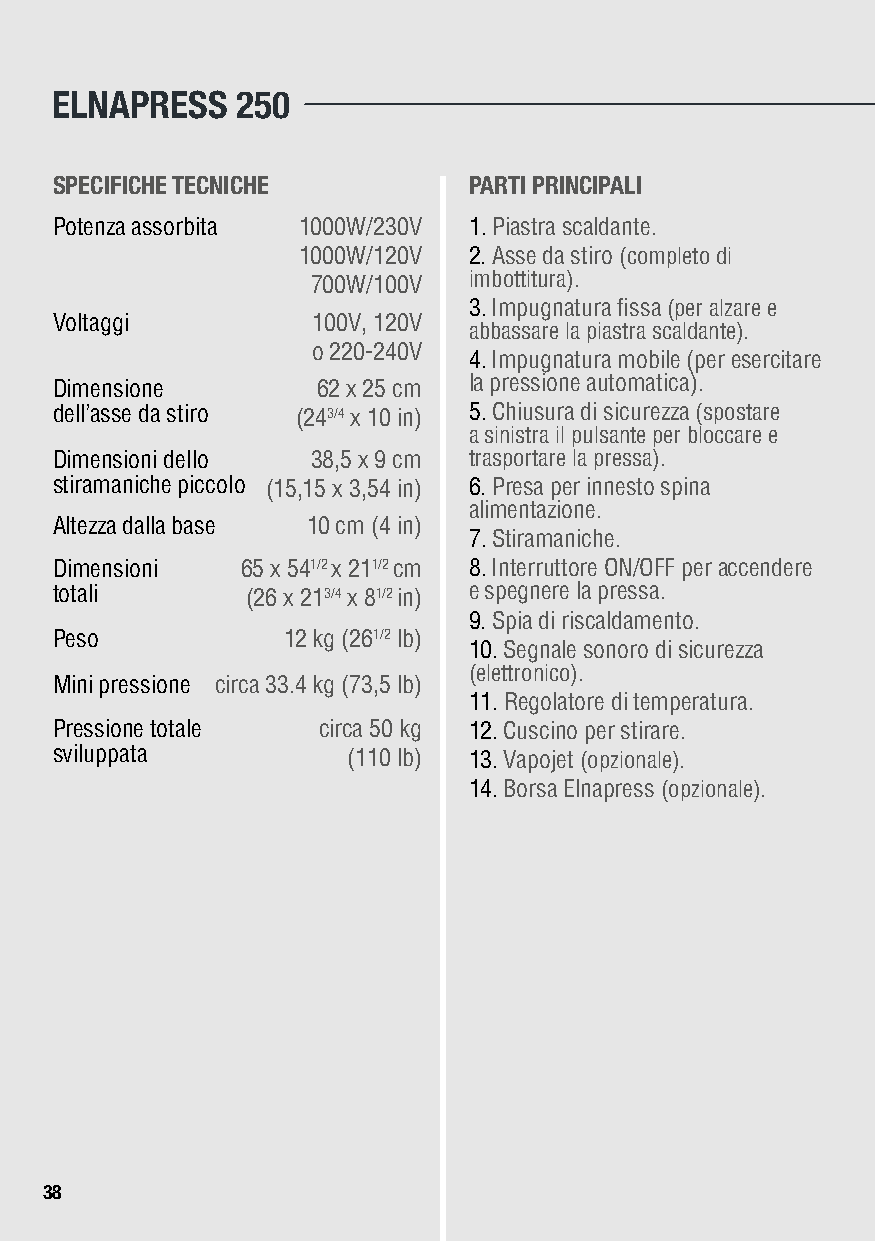
ELNAPRESS    250
 SPECIFICHE TECNICHE         PARTI PRINCIPALI
 Potenza assorbita 1000W/230V 1. Piastra scaldante.
 1000W/120V 2. Asse da stiro (completo di
 700W/100V imbottitura).
 3. Impugnatura fissa (per alzare e
 Voltaggi          100V, 120V
 abbassare la piastra scaldante).
 o 220-240V
 4. Impugnatura mobile (per esercitare
 Dimensione        62 x 25 cm la pressione automatica).
 dell’asse da stiro (243/4 x 10 in) 5. Chiusura di sicurezza (spostare
 a sinistra il pulsante per bloccare e
 Dimensioni dello  38,5 x 9 cm trasportare la pressa).
 stiramaniche piccolo (15,15 x 3,54 in) 6. Presa per innesto spina
 alimentazione.
 Altezza dalla base 10 cm (4 in)
 7. Stiramaniche.
 Dimensioni   65 x 541/2 x 211/2 cm 8. Interruttore ON/OFF per accendere
 totali       (26 x 213/4 x 81/2 in) e spegnere la pressa.
 9. Spia di riscaldamento.
 Peso            12 kg (261/2 lb)
 10. Segnale sonoro di sicurezza
 (elettronico).
 Mini pressione circa 33.4 kg (73,5 lb)
 11. Regolatore di temperatura.
 Pressione totale  circa 50 kg 12. Cuscino per stirare.
 sviluppata          (110 lb) 13. Vapojet (opzionale).
 14. Borsa Elnapress (opzionale).
 3388